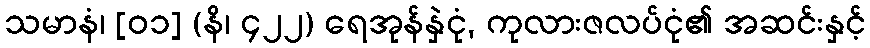
သမာနံ၊ [၀၁] (နိ၊ ၄၂၂) ရေအုန်နှဲငုံ, ကုလားဇလပ်ငုံ၏ အဆင်းနှင့်